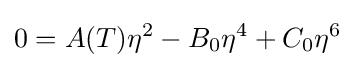
0=A(T)\eta ^{2}-B_{0}\eta ^{4}+C_{0}\eta ^{6}